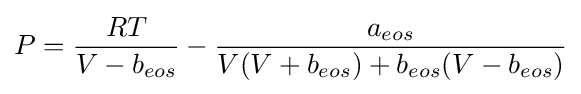
P={\frac {RT}{V-b_{eos}}}-{\frac {a_{eos}}{V(V+b_{eos})+b_{eos}(V-b_{eos})}}